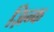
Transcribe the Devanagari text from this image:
ज़िन्क